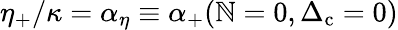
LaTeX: \eta_{+}/\kappa=\alpha_{\eta}\equiv\alpha_{+}(\mathbb{N}=0,\Delta_{\mathrm{{c}}}=0)